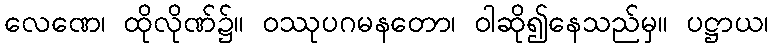
လေဏေ၊ ထိုလိုဏ်၌။ ဝဿုပဂမနတော၊ ဝါဆို၍နေသည်မှ။ ပဋ္ဌာယ၊